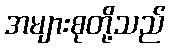
အများစုတို့သည်